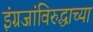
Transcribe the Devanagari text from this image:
इंग्रजांविरुद्धाच्या